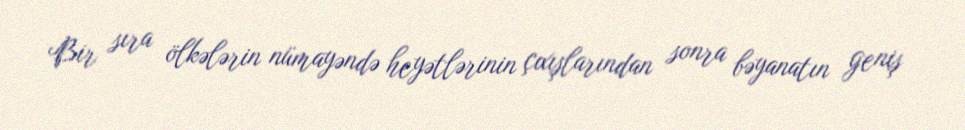
Bir sıra ölkələrin nümayəndə heyətlərinin çıxışlarından sonra bəyanatın geniş